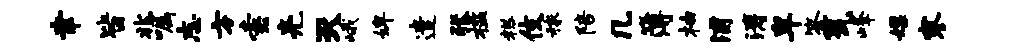
聿皆兆嘱志方索亮灭峨婢遣张槛糕伎稼陪几簿柚浦涛卑答瓮峰嫖寥